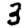
Digit: 3